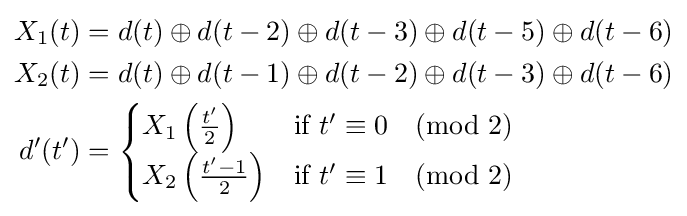
{\begin{aligned}X_{1}(t)&=d(t)\oplus d(t-2)\oplus d(t-3)\oplus d(t-5)\oplus d(t-6)\\X_{2}(t)&=d(t)\oplus d(t-1)\oplus d(t-2)\oplus d(t-3)\oplus d(t-6)\\d'(t')&={\begin{cases}X_{1}\left({\frac {t'}{2}}\right)&{\text{if }}t'\equiv 0{\pmod {2}}\\X_{2}\left({\frac {t'-1}{2}}\right)&{\text{if }}t'\equiv 1{\pmod {2}}\\\end{cases}}\end{aligned}}